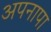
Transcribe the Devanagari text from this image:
अपनापा